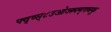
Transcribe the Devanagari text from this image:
फ्द्व्स्८उओज्स्र्फ्म्फ्व्स्कु